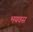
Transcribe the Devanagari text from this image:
भयवस